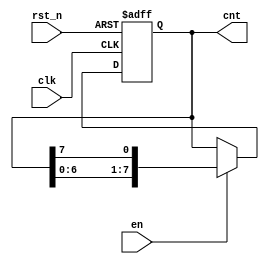
module ring_counter(clk, rst_n, en, cnt);

output reg [7:0] cnt;
input clk, en, rst_n;

always @ (posedge clk or negedge rst_n) begin
    if(!rst_n)
        cnt <= 8'b0000_0001;
    else if(en)
        cnt <= {cnt[6:0], cnt[7]};
end

endmodule